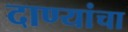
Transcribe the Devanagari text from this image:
दाण्यांचा